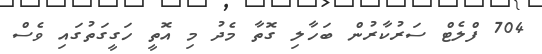
704 ފްލެޓް ސަރުކާރުން ބަހާލި ގޮތާ މެދު މި އޮތީ ހަގީގަތުގައި ވެސް